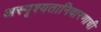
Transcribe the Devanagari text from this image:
अस्पृश्‍यतानिवारणाची